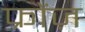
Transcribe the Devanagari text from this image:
फ्रोंज़